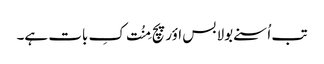
تب اُسنے بولا بس اؤر پچ مِنُت کِ بات ہے۔